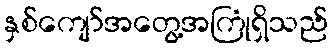
နှစ်ကျော်အတွေ့အကြုံရှိသည်